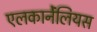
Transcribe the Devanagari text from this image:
एलकार्नेंलियस